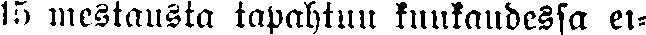
15 mestausta tapahtuu kuukaudessa et-